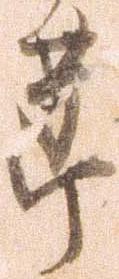
節